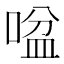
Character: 㖹